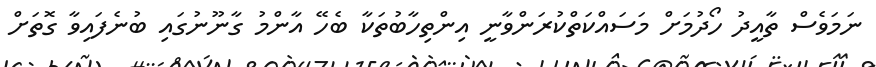
ނަމަވެސް ތާއީދު ހޯދުމަށް މަސައްކަތްކުރަންވާނީ އިންތިހާބުތަކާ ބެހޭ އާންމު ގާނޫނުގައި ބުނެފައިވާ ގޮތަށް